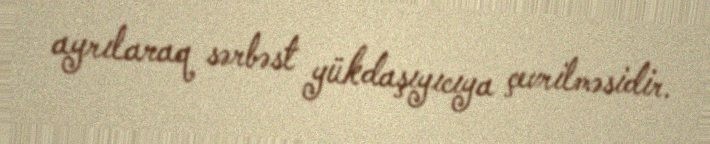
ayrılaraq sərbəst yükdaşıyıcıya çevrilməsidir.